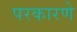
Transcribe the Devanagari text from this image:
परकारणे